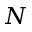
N